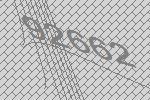
92662